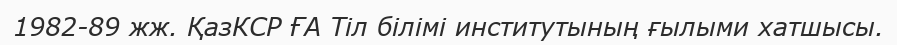
1982-89 жж. ҚазКСР ҒА Тіл білімі институтының ғылыми хатшысы.